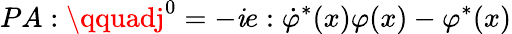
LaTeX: PA:\qquadj^{0}=-\mathit{i}e:\dot{{\varphi}}^{\ast}(x)\varphi(x)-\varphi^{\ast}(x)